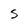
Character: S